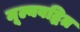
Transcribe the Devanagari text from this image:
मूल्यवद्धित